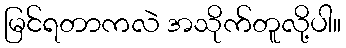
မြင်ရတာကလဲ အသိုက်တူလို့ပါ။